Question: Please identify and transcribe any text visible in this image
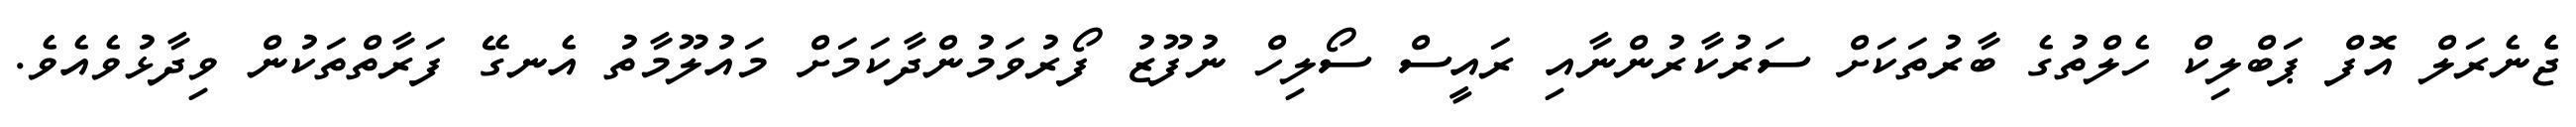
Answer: ޖެެނެރަލް އޮފް ޕަބްލިކް ހެލްތުގެ ބާރުތަކަށް ސަރުކާރުންނާއި ރައީސް ސޯލިހް ނުފޫޒު ފޯރުވަމުންދާކަމަށް މައުލޫމާތު އެނގޭ ފަރާތްތަކުން ވިދާޅުވެއެވެ.